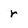
Character: r